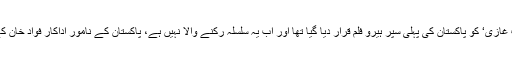
اداکار ہمایوں سعید، سائرہ شہروز اور شہریار منور کی رواں سال ریلیز ہونے والی فلم ’پراجیکٹ غازی‘ کو پاکستان کی پہلی سپر ہیرو فلم قرار دیا گیا تھا اور اب یہ سلسلہ رکنے والا نہیں ہے، پاکستان کے نامور اداکار فواد خان کے بارے میں خبریں گردش کررہی ہیں کہ وہ پاکستانی فلم انڈسٹری کےاگلے سپر ہیرو بنیں گے۔